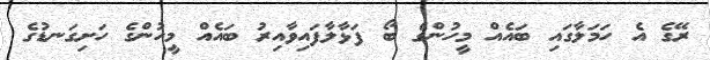
ރޭގެ އެ ހަމަލާގައި ބައެއް މީހުންގެ ބޯ ފަޅާލާފައިވާއިރު ބައެއް މީހުންގެ ހަށިގަނޑުގެ